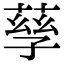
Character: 孶